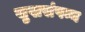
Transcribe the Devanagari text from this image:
सुखसंपन्न